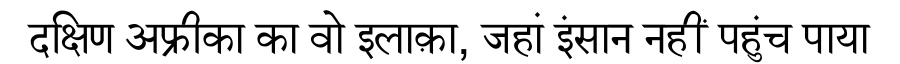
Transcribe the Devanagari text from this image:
दक्षिण अफ्रीका का वो इलाक़ा, जहां इंसान नहीं पहुंच पाया